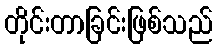
တိုင်းတာခြင်းဖြစ်သည်